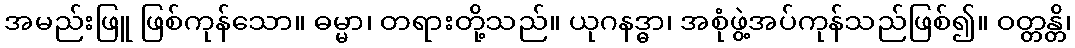
အမည်းဖြူ ဖြစ်ကုန်သော။ ဓမ္မာ၊ တရားတို့သည်။ ယုဂနဒ္ဓာ၊ အစုံဖွဲ့အပ်ကုန်သည်ဖြစ်၍။ ဝတ္တန္တိ၊